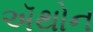
ઍથોન